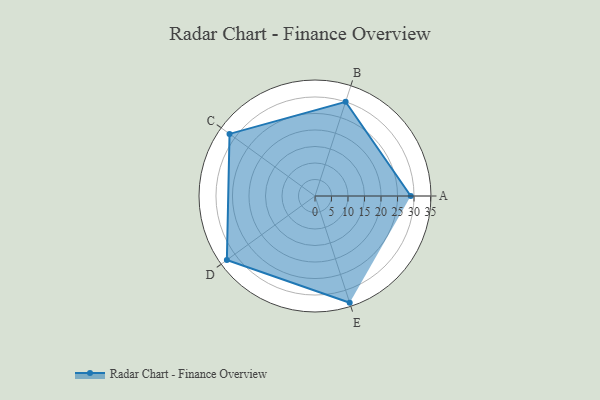
{"axis": {"x": "Skill", "y": "Score"}, "legend": ["Profile"], "data": [{"x": "A", "y": 29.0, "type": "Profile"}, {"x": "B", "y": 30.0, "type": "Profile"}, {"x": "C", "y": 32.0, "type": "Profile"}, {"x": "D", "y": 33.0, "type": "Profile"}, {"x": "E", "y": 34.0, "type": "Profile"}]}